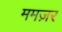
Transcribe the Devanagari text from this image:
ममज़र